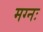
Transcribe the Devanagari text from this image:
मग्नः